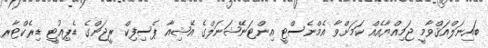
ބައިނަލްއަޤްވާމީ ޖަމިއްޔާއެއް ކަމަށްވާ އެމްނެސްޓީ އިންޓަނޭޝަނަލްގެ އޭޝިއާ ޕެސިފިކް ރީޖަންގެ ޑެޕިއުޓީ ޑިރެކްޓާރ